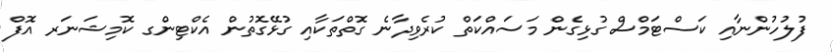
ފުލުހުންނާއި ކަސްޓަމްސް ގުޅިގެން މަސައްކަތް ކުރެވިދާނެ ގޮތްތަކާއި ގުޅޭގޮތުން އެކްޓިންގ ކޮމިޝަނަރ އޮފް